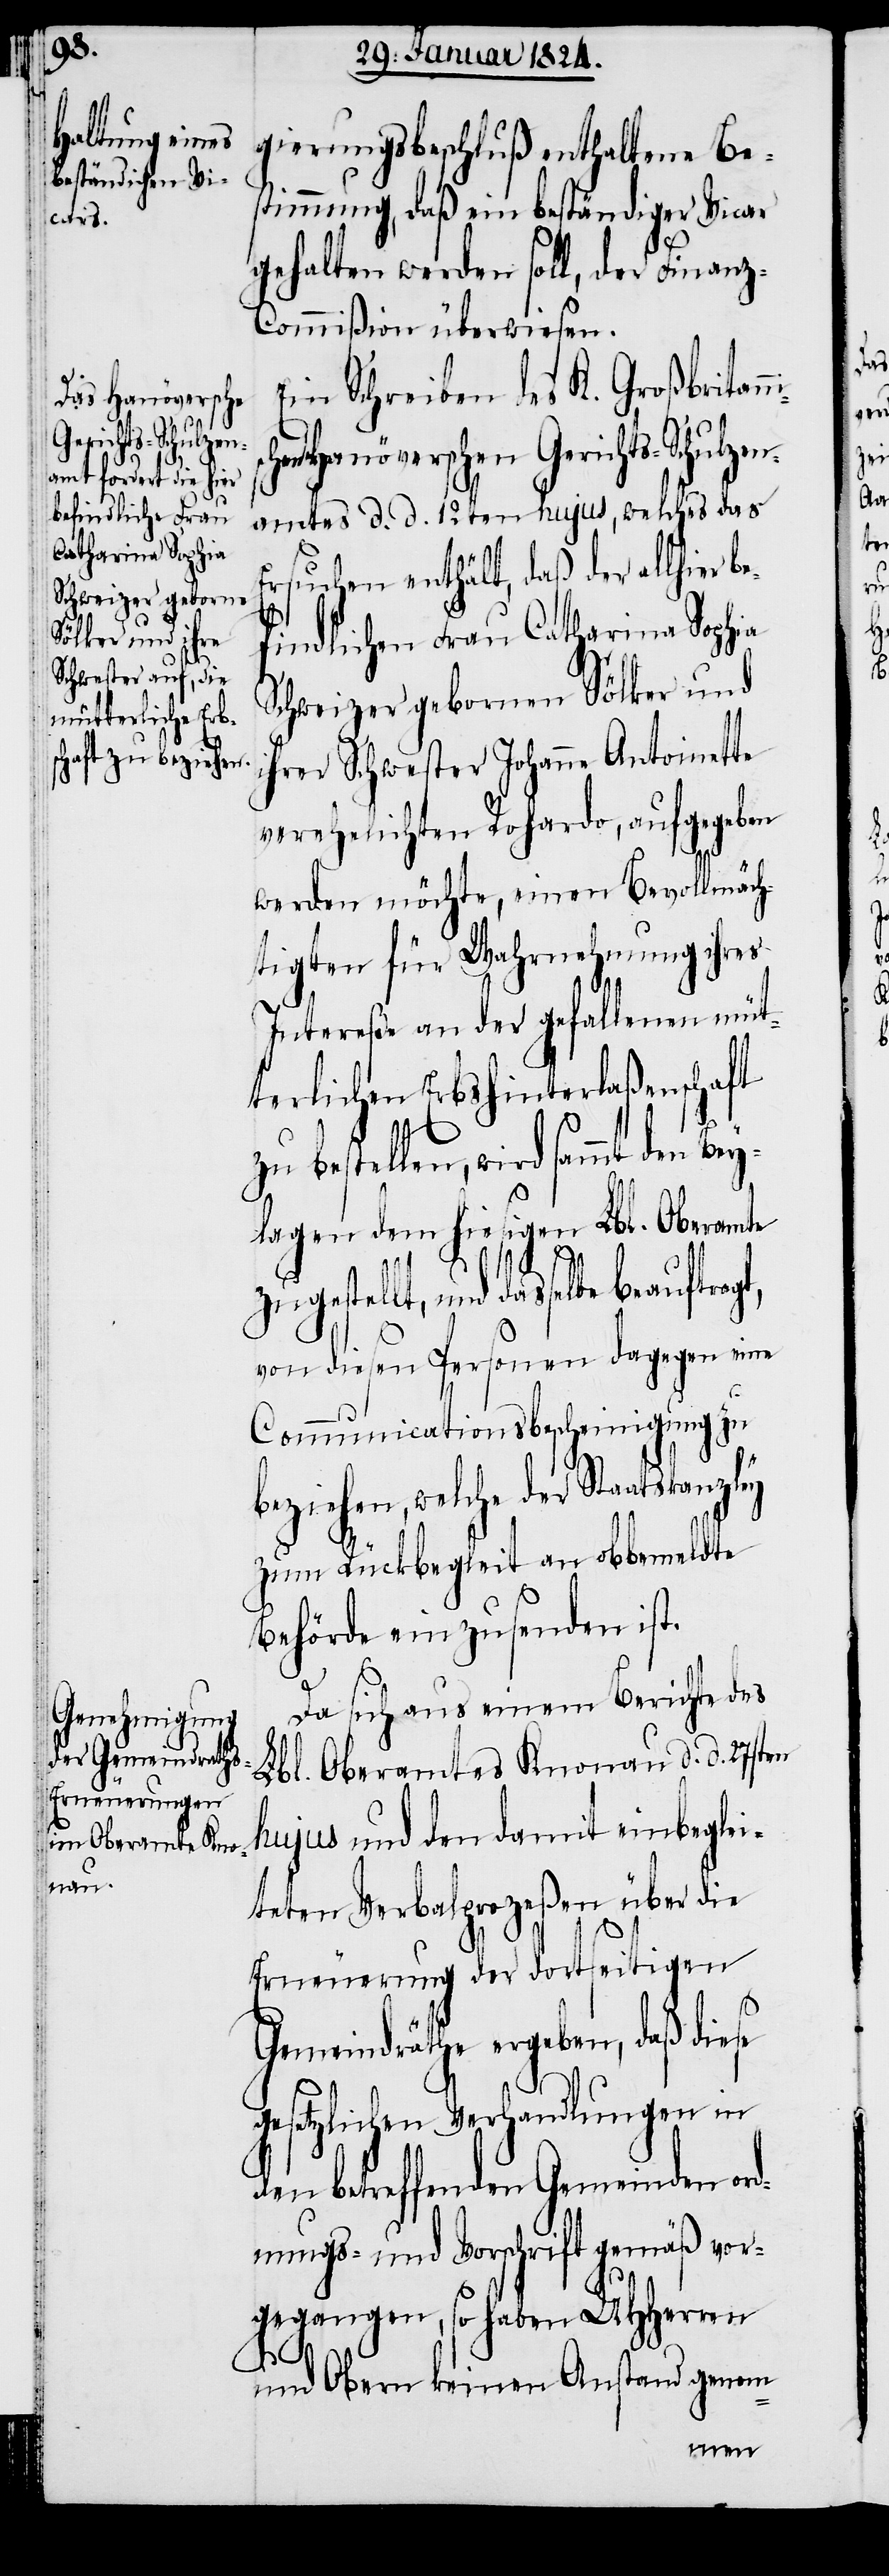
hen Hanöverschen
Gerichts-Schulzen¬
befindlichen Frau
Catharina Sophia

gierungsbeschluß enthaltene Be¬
stimmung, daß ein beständiger Vicar
gehalten werden soll, der Finan¬
z-Commißion überwiesen.
Ein Schreiben des K. Großbritan¬
amtes d. d. 12ten hujus, welches das
Ersuchen enthält, daß der allhier
Schweizer geborene Sölker und
ihrer Schwester Johanna Antoinette
verehelichten Rohardo, aufgegeben
werden möchte, einen Bevollmäch¬
tigten für Wahrnehmung ihres
Intereße an der gefallenen müt¬
terlichen Erbshinterlaßenschaft
bestellen, wird sammt den
lagen dem hiesigen Lbl. Oberamte
zley
zugestellt, und dasselbe beauftragt,
von diesen Personen dagegen eine
Communicationsbescheinigung zu
beziehen, welche der Staatskan¬
zum Rückbegleit an obbemeldte
Behörde einzusenden ist.
Da sich aus einem Berichte des
Lbl. Oberamtes Knonau d. d. 27sten
hujus und den damit einbeglei¬
teten Verbalprozeßen über die
Erneuerung der dortseitigen
Gemeindräthe ergeben, daß diese
gesetzlichen Verhandlungen in
den betreffenden Gemeinden ord¬
nungs- und Vorschrift gemäß vor¬
gegangen, so haben UHHerren
und Obern keinen Anstand genom-